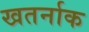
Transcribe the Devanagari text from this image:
खतर्नाक